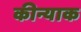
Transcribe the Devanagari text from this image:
कीन्याक